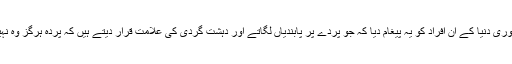
انہوں نے سوشل میڈیا پر ہی پوری دنیا کے ان افراد کو یہ پیغام دیا کہ جو پردے پر پابندیاں لگاتے اور دہشت گردی کی علامت قرار دیتے ہیں کہ پردہ ہرگز وہ نہیں جو بتایا یا دیکھایا جاتا ہے۔